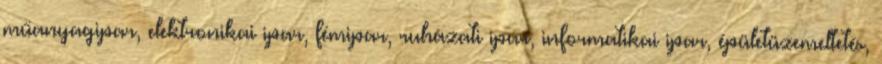
mű­anyag­ipar, elekt­ro­ni­kai ipar, fém­ipar, ru­há­za­ti ipar, in­for­ma­ti­kai ipar, épü­let­üze­mel­te­tés,